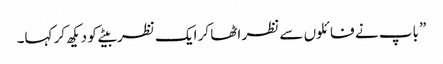
” باپ نے فائلوں سے نظر اٹھا کر ایک نظر بیٹے کو دیکھ کر کہا۔